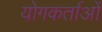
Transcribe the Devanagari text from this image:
योगकर्ताओं